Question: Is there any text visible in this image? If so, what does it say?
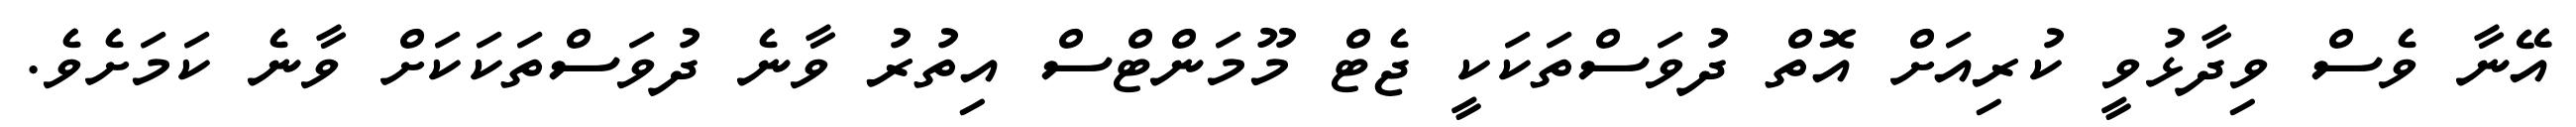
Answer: އޭނާ ވެސް ވިދާޅުވީ ކުރިއަށް އޮތް ދުވަސްތަކަކީ ޖެޓް މޫމަންޓްސް އިތުރު ވާނެ ދުވަސްތަކަކަށް ވާނެ ކަމަށެވެ.